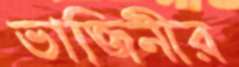
ভাজিনীর